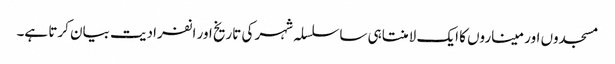
مسجدوں اور میناروں کا ایک لامنتاہی ساسلسلہ شہر کی تاریخ اور انفرادیت بیان کرتا ہے۔